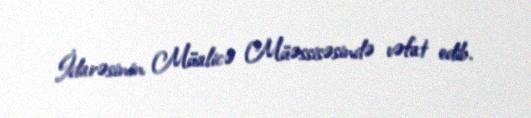
İdarəsinin Müalicə Müəssisəsində vəfat edib.